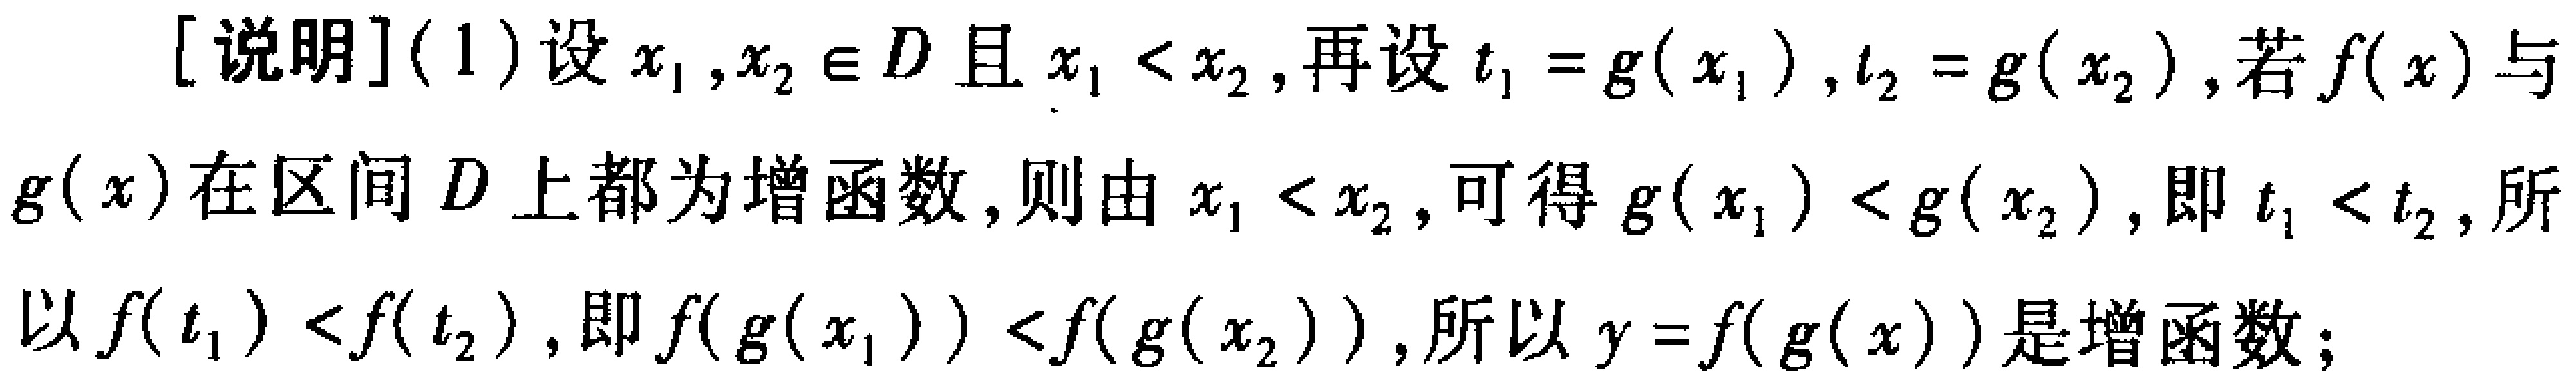
[说明](1)设$x_1,x_2\in D$且$x_1 < x_2$,再设$t_1 = g(x_1)$,$t_2 = g(x_2)$,若$f(x)$与$g(x)$在区间$D$上都为增函数,则由$x_1 < x_2$,可得$g(x_1) < g(x_2)$,即$t_1 < t_2$,所以$f(t_1) < f(t_2)$,即$f(g(x_1)) < f(g(x_2))$,所以$y = f(g(x))$是增函数;